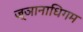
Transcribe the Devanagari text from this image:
ज्ञानाधिगम